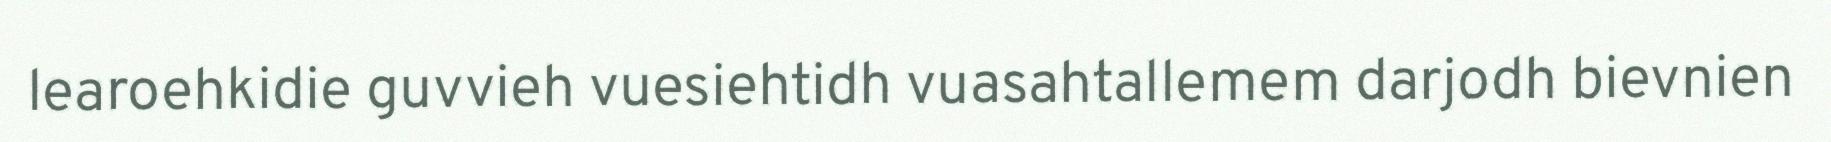
learoehkidie guvvieh vuesiehtidh vuasahtallemem darjodh bievnien